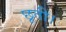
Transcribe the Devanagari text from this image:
छूती।